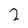
Character: 2